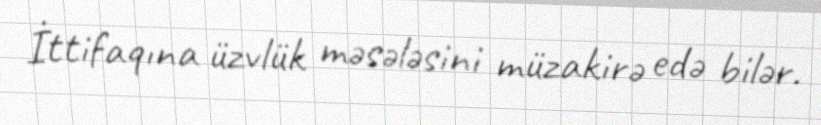
İttifaqına üzvlük məsələsini müzakirə edə bilər.